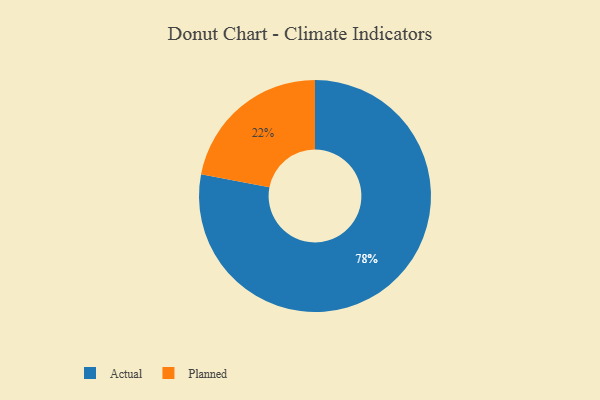
{"axis": {"x": "Category", "y": "Percentage"}, "legend": ["Actual", "Planned"], "data": [{"x": "Planned", "y": 22, "type": "Planned"}, {"x": "Actual", "y": 78, "type": "Actual"}]}